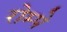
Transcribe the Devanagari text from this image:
रोम्पे